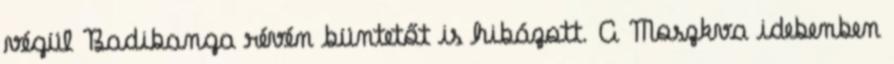
végül Badibanga révén büntetőt is hibázott. A Moszkva idebenben